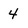
Character: 4